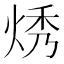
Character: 𬊔